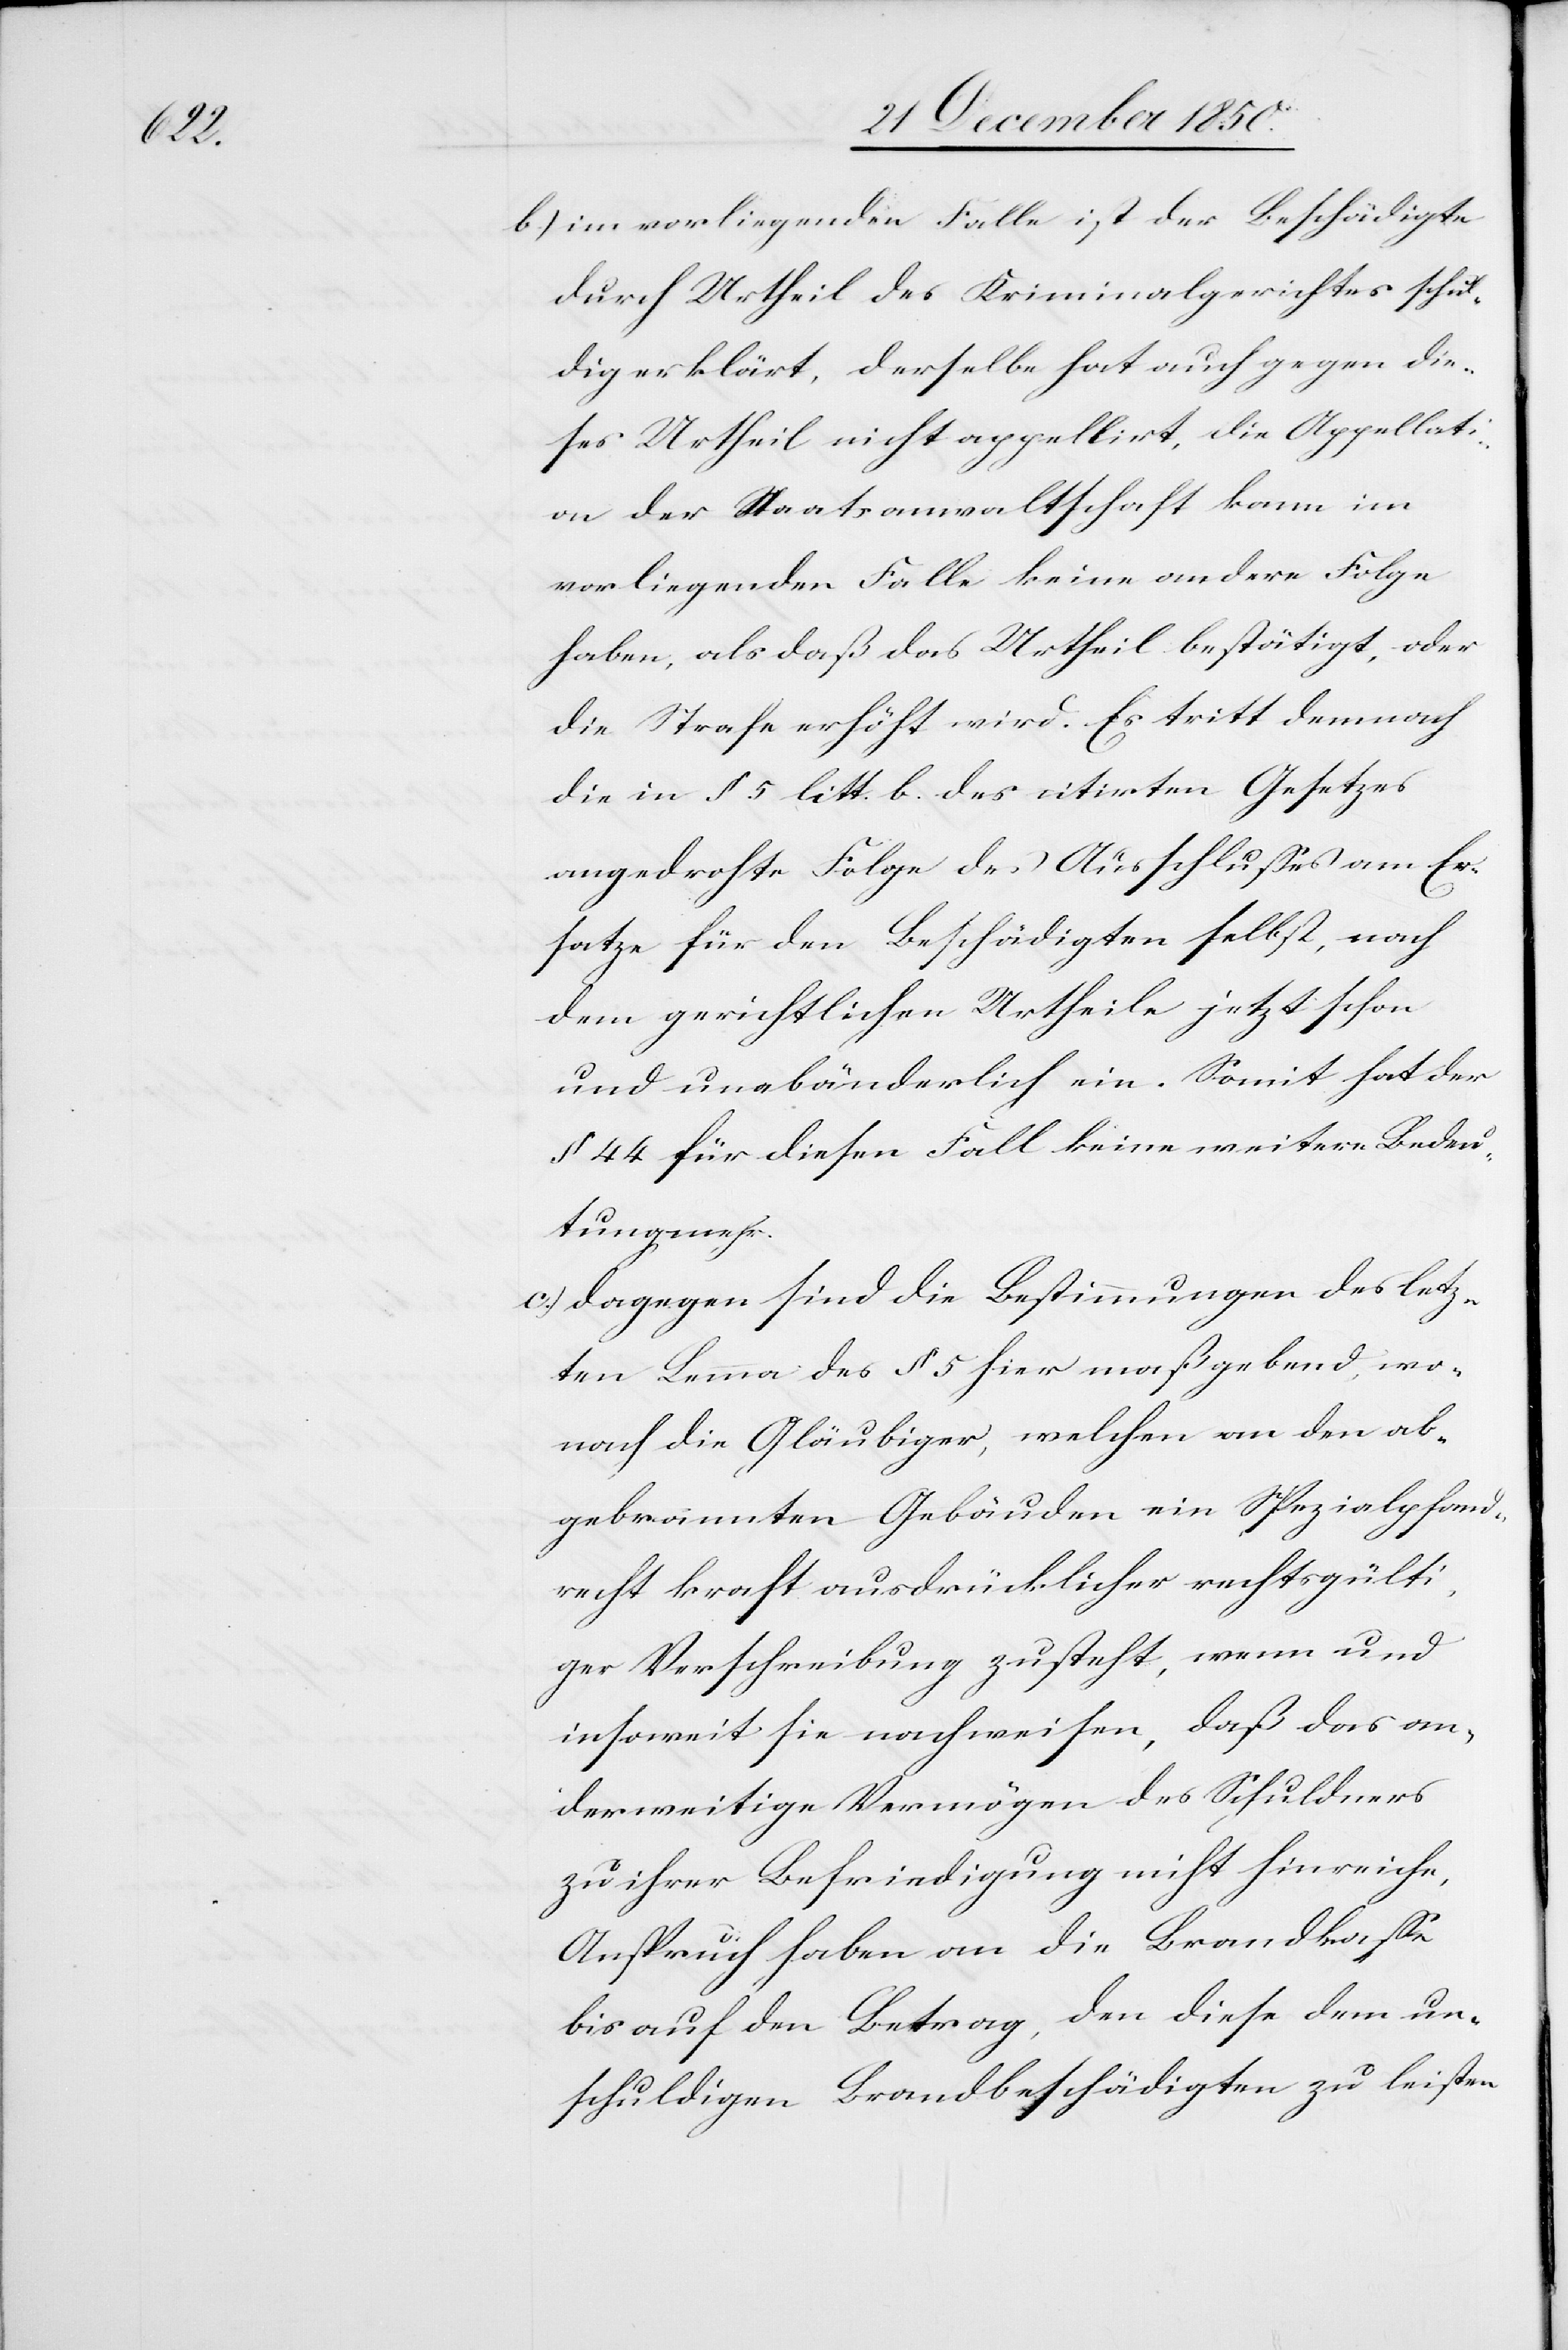
b.) im vorliegenden Falle ist der Beschädigte
durch Urtheil des Kriminalgerichtes schul¬
dig erklärt, derselbe hat auch gegen die¬
ses Urtheil nicht appellirt, die Appellati¬
on der Staatsanwaltschaft kann im
vorliegenden Falle keine andere Folge
haben, als daß das Urtheil bestätigt, oder
die Strafe erhöht wird. Es tritt demnach
die in § 5 litt. b. des citirten Gesetzes
angedrohte Folge des Ausschlusses am Er¬
satze für den Beschädigten selbst, nach
dem gerichtlichen Urtheile jetzt schon
und unabänderlich ein. Somit hat der
§ 44 für diesen Fall keine weitere Bedeu¬
tung mehr.
c.) Dagegen sind die Bestimmungen des letz¬
ten Lemma des § 5 hier maßgebend, wo¬
nach die Gläubiger, welchen an den ab¬
gebrannten Gebäuden ein Spezialpfand¬
recht kraft ausdrücklicher rechtsgülti¬
ger Verschreibung zusteht, wenn und
insoweit sie nachweisen, daß das an¬
derweitige Vermögen des Schuldners
zu ihrer Befriedigung nicht hinreiche,
Anspruch haben an die Brandkasse
bis auf den Betrag, den diese dem un¬
schuldigen Brandbeschädigten zu leisten